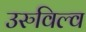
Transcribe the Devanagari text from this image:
उरुविल्व